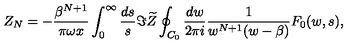
Z _ { N } = - { \frac { \beta ^ { N + 1 } } { \pi \omega x } } \int _ { 0 } ^ { \infty } { \frac { d s } { s } } \Im \widetilde Z \oint _ { C _ { 0 } } { \frac { d w } { 2 \pi i } } { \frac { 1 } { w ^ { N + 1 } ( w - \beta ) } } F _ { 0 } ( w , s ) ,